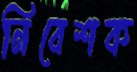
নিবেশক